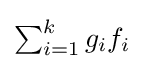
{\textstyle \sum _{i=1}^{k}g_{i}f_{i}}